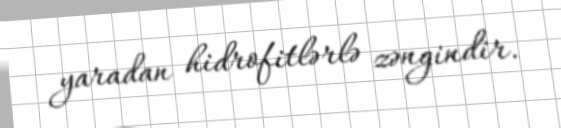
yaradan hidrofitlərlə zəngindir.